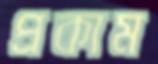
প্রকাম